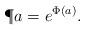
LaTeX: \begin{align*} \P{a} = e^{\Phi(a)}. \end{align*}